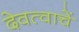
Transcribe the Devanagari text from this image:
देवत्वाचें